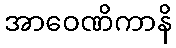
အာဝေဏိကာနိ